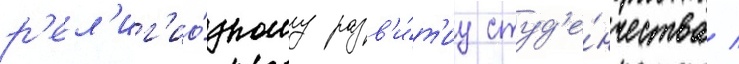
р'ел'иг'ио́зному разв'и́т'иу студ'е́нчества /